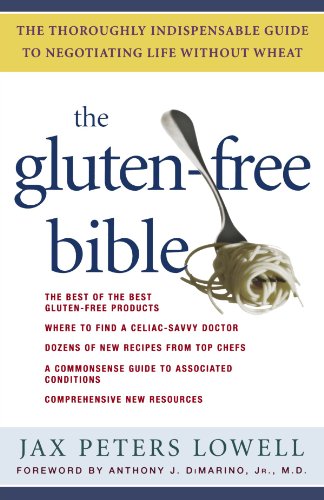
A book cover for The Gluten-Free Bible: The Thoroughly Indispensable Guide to Negotiating Life without Wheat; Jax Peters Lowell; Cookbooks, Food & Wine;